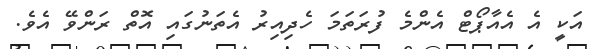
އަކީ އެ އެއާޕޯޓް އެންމެ ފުރަތަމަ ހެދިއިރު އެތަނުގައި އޮތް ރަންވޭ އެވެ.